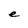
Character: e